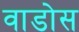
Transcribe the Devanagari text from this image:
वाडोस